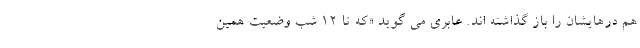
هم درهایشان را باز گذاشته اند. عابری می گوید «که تا ۱۲ شب وضعیت همین